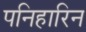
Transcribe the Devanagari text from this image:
पनिहारिन